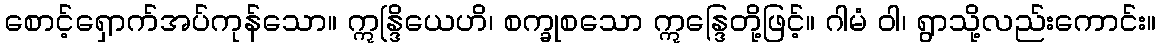
စောင့်ရှောက်အပ်ကုန်သော။ ဣန္ဒြိယေဟိ၊ စက္ခုစသော ဣန္ဒြေတို့ဖြင့်။ ဂါမံ ဝါ၊ ရွာသို့လည်းကောင်း။